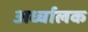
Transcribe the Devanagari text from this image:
अर्ध्चालक